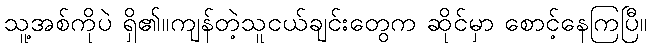
သူ့အစ်ကိုပဲ ရှိ၏။ကျန်တဲ့သူငယ်ချင်းတွေက ဆိုင်မှာ စောင့်နေကြပြီ။